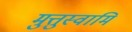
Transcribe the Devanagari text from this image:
मुत्तुस्वामि